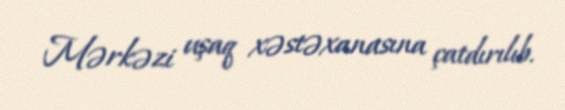
Mərkəzi uşaq xəstəxanasına çatdırılıb.